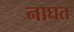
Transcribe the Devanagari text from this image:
नाघत